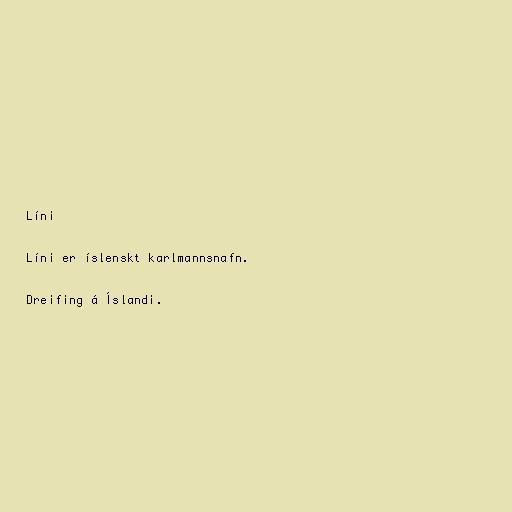
Líni

Líni er íslenskt karlmannsnafn.

Dreifing á Íslandi.